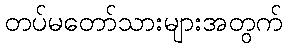
တပ်မတော်သားများအတွက်